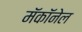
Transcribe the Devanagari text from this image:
मॅकॉनेल